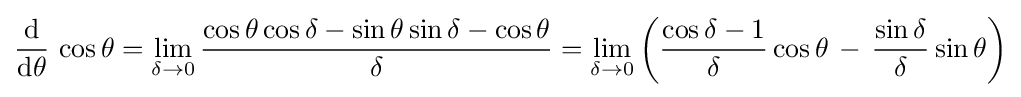
{\frac {\operatorname {d} }{\operatorname {d} \!\theta }}\,\cos \theta =\lim _{\delta \to 0}{\frac {\cos \theta \cos \delta -\sin \theta \sin \delta -\cos \theta }{\delta }}=\lim _{\delta \to 0}\left({\frac {\cos \delta -1}{\delta }}\cos \theta \,-\,{\frac {\sin \delta }{\delta }}\sin \theta \right)